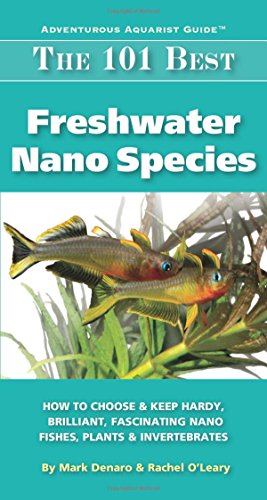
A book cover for The 101 Best Freshwater Nano Species: How to Choose & Keep Hardy, Brilliant, Fascinating Nano Fishes, Plants & Invertebrates (Adventurous Aquarist Guide); Mark Denaro; Crafts, Hobbies & Home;